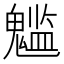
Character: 𩴌